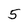
Character: 5